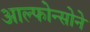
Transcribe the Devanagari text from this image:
आल्फोन्सोने